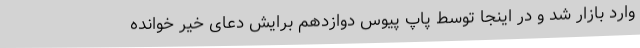
وارد بازار شد و در اینجا توسط پاپ پیوس دوازدهم برایش دعای خیر خوانده